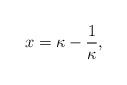
LaTeX: \begin{align*}x = \kappa - \frac{1}{\kappa},\end{align*}